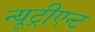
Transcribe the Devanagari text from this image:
न्यूट्रीएन्ट